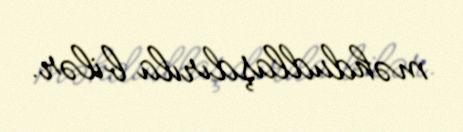
məhdudlaşdırıla bilər.